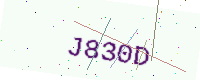
Text: J830D